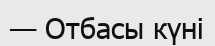
— Отбасы күні